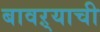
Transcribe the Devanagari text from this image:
बावऱ्याची